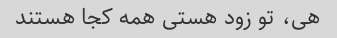
هی، تو زود هستی همه کجا هستند